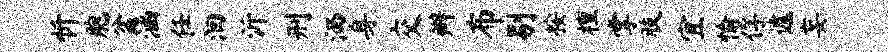
忻胞盆涵任洄沂刑洒身交辫布剔按檀掌肢宜愉俘遽妄